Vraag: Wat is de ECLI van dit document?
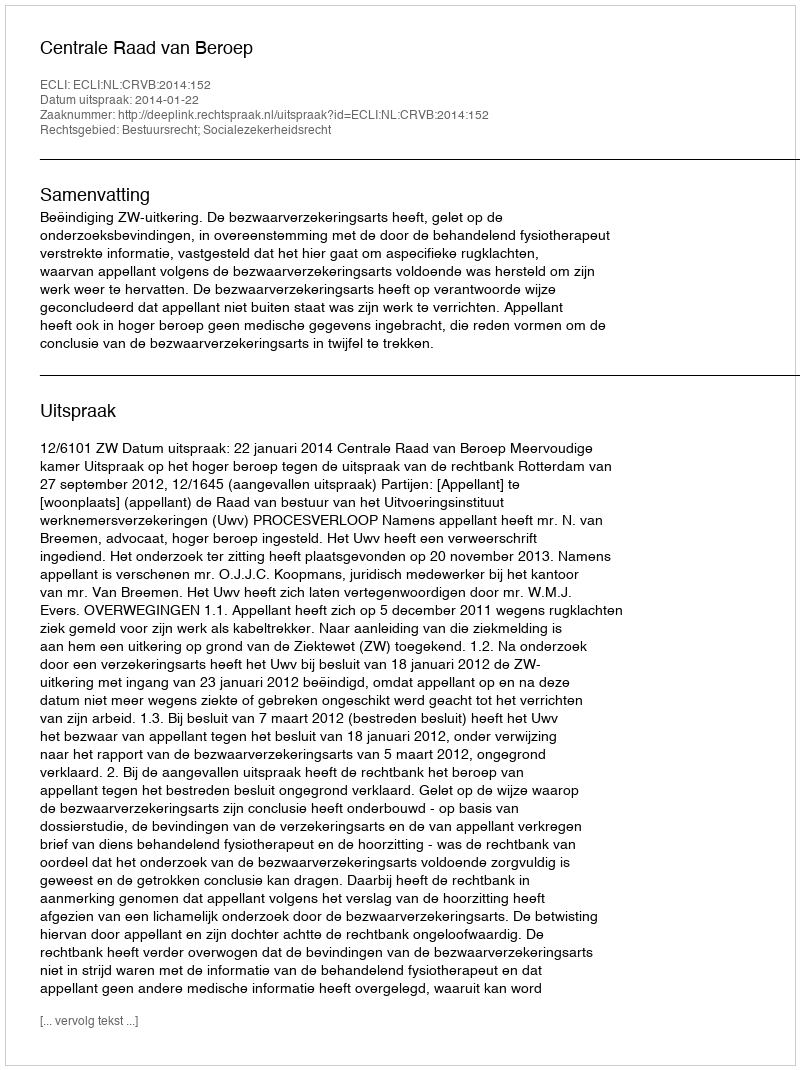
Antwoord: ECLI:NL:CRVB:2014:152